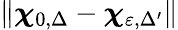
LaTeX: \| \boldsymbol{\chi}_{0,\Delta}-\boldsymbol{\chi}_{\varepsilon,\Delta^{\prime}}\|